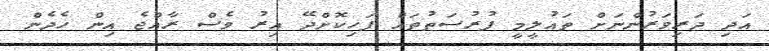
އަދި ދަރިވަރުންނަށް ތައުލީމީ ފުރުސަތުތައް ފަހިކޮށްދޭ އިރު ވެސް ރާއްޖެ އިން ހެދެން